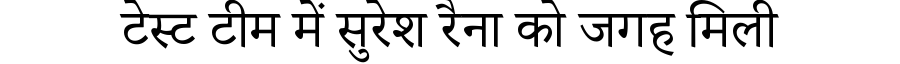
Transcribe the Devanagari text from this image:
टेस्ट टीम में सुरेश रैना को जगह मिली